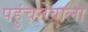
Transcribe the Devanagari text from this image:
पहुंचनेवाला